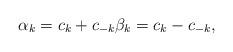
LaTeX: \begin{align*} \alpha_k=c_k+c_{-k} \beta_{k}=c_k-c_{-k},\end{align*}